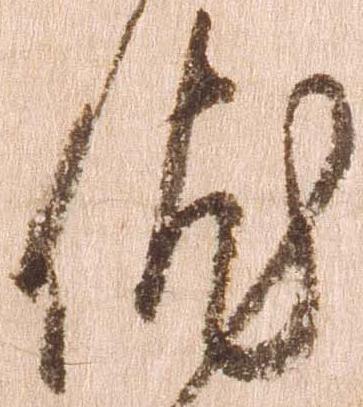
依